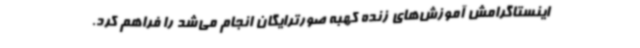
اینستاگرامش آموزش‌های زنده کهبه صورترایگان انجام می‌شد را فراهم کرد.